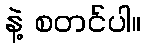
နဲ့ စတင်ပါ။